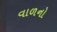
વાળનો